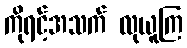
ကိုရင့်အသက် လုယူကြ